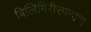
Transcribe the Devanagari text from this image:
बिलिगिरीरंगनाथ